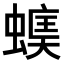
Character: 𧏃